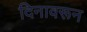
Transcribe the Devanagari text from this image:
दिनावरून